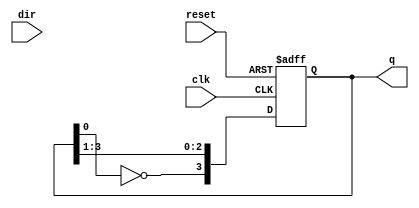
module Bidirectional_Johnson_Counter (
    input wire clk,            // Clock input
    input wire reset,          // Asynchronous reset
    input wire dir,            // Direction control (1 for up, 0 for down)
    output reg [3:0] q         // 4-bit output for the counter
);

    // Internal signals for next state
    reg [3:0] next_q;

    always @(posedge clk or posedge reset) begin
        if (reset) begin
            q <= 4'b0000;      // Reset the counter to 0
        end else begin
            q <= next_q;       // Update the counter state
        end
    end

    always @(*) begin
        if (dir) begin
            // Counting Up (Johnson Counter behavior)
            next_q[3] = ~q[0]; // Feedback from the last flip-flop to the first
            next_q[2] = q[3];
            next_q[1] = q[2];
            next_q[0] = q[1];
        end else begin
            // Counting Down (Reverse Johnson Counter behavior)
            next_q[0] = q[1];   // Feedback from the first flip-flop to the last
            next_q[1] = q[2];
            next_q[2] = q[3];
            next_q[3] = ~q[0];
        end
    end

endmodule